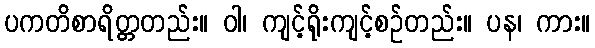
ပကတိစာရိတ္တတည်း။ ဝါ၊ ကျင့်ရိုးကျင့်စဉ်တည်း။ ပန၊ ကား။